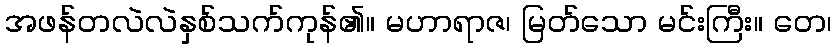
အဖန်တလဲလဲနှစ်သက်ကုန်၏။ မဟာရာဇ၊ မြတ်သော မင်းကြီး။ တေ၊